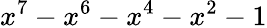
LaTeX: x^{7}-x^{6}-x^{4}-x^{2}-1